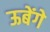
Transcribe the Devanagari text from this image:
ऊबेंगे